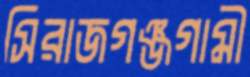
সিরাজগঞ্জগামী